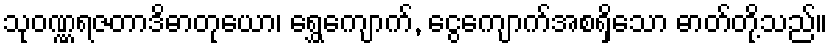
သုဝဏ္ဏရဇတာဒိဓာတုယော၊ ရွှေကျောက်, ငွေကျောက်အစရှိသော ဓာတ်တို့သည်။